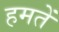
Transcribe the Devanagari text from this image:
हमतें